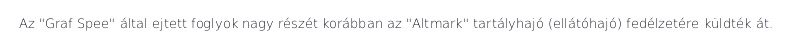
Az "Graf Spee" által ejtett foglyok nagy részét korábban az "Altmark" tartályhajó (ellátóhajó) fedélzetére küldték át.